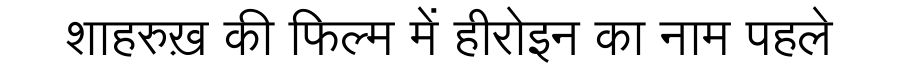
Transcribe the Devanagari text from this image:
शाहरुख़ की फिल्म में हीरोइन का नाम पहले